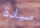
سيادة